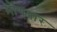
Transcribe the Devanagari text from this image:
भोगत्रार